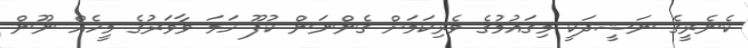
ކެނެރީގެ ނަޝީދަކީ މިގައުމުގެ ވެރިކަމަށް ގެންނަން ކުފޫ ހަމަ ވާވަރުގެ މީހެއް ނޫން